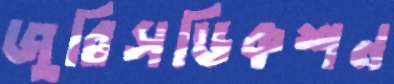
জুরিসডিকশন